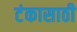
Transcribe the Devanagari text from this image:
टंकासाठी